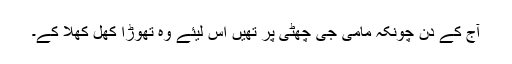
آج کے دن چونکہ مامی جی چھٹی پر تھیں اس لیئے وہ تھوڑا کھل کھلا کے۔